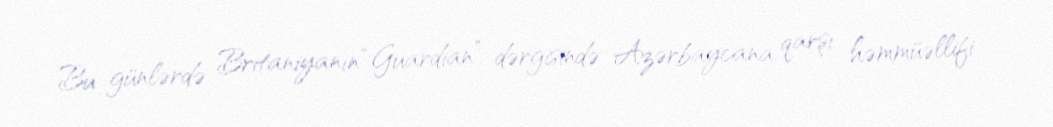
Bu günlərdə Britaniyanın “Guardian” dərgisində Azərbaycana qarşı həmmüəllifi